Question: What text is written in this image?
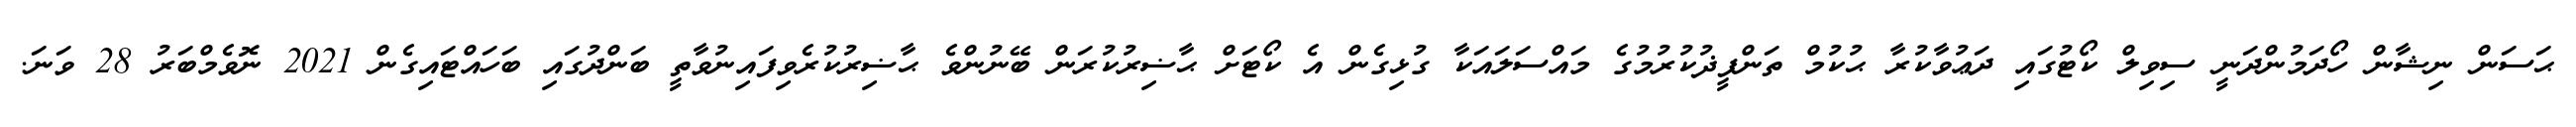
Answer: ޙަސަން ނިޝާން ހޯދަމުންދަނީ ސިވިލް ކޯޓުގައި ދަޢުވާކުރާ ޙުކުމް ތަންފީޛުކުރުމުގެ މައްސަލައަކާ ގުޅިގެން އެ ކޯޓަށް ޙާޟިރުކުރަން ބޭނުންވެ ޙާޟިރުކުރެވިފައިނުވާތީ ބަންދުގައި ބަހައްޓައިގެން 2021 ނޮވެމްބަރު 28 ވަނަ.